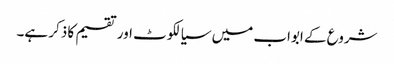
شروع کے ابواب میں سیالکوٹ اور تقسیم کا ذکر ہے۔